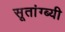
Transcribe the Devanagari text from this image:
सूतांग्ब्यी